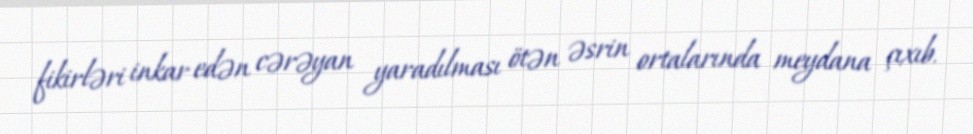
fikirləri inkar edən cərəyan yaradılması ötən əsrin ortalarında meydana çıxıb.